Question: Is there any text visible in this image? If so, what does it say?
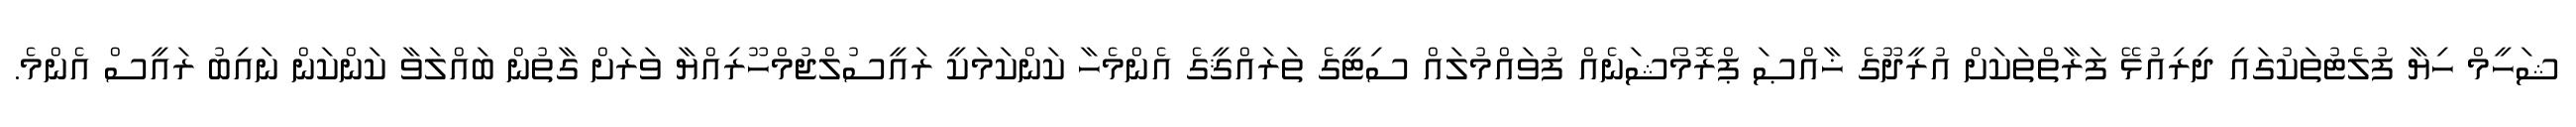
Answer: ޝަހީމް ހިޔާ ފުލެޓުތަކުގައި ދިރިއުޅޭ ފަރާތްތަކަށް އުރީދޫގެ ޚާއްޞަ ޕްރޮމޯޝަނެއް ފުވައްމުލައް ސިޓީގެ ތަރައްޤީގެ އެންމެހާ ކަންކަމަކީ ރައީސުލްޖުމްހޫރިއްޔާ ވަރަށް ގާތުން ބައްލަވާ ކަންކަން ނައިބު ރައީސް އެންމެ.